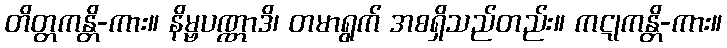
တိတ္တကန္တိ-ကား။ နိမ္ဗပဏ္ဏာဒိ၊ တမာရွက် အစရှိသည်တည်း။ ကဋုကန္တိ-ကား။